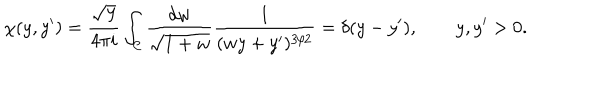
LaTeX: \chi ( y , y ^ { \prime } ) = \frac { \sqrt { y } } { 4 \pi i } \int _ { \cal C } \frac { d w } { \sqrt { 1 + w } } \frac { 1 } { ( w y + y ^ { \prime } ) ^ { 3 / 2 } } = \delta ( y - y ^ { \prime } ) , \qquad y , y ^ { \prime } > 0 .